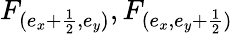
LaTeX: F_{(e_{x}+\frac{1}{2},e_{y})},F_{(e_{x},e_{y}+\frac{1}{2})}